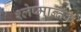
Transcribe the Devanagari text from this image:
श्‍लेष्मान्तक